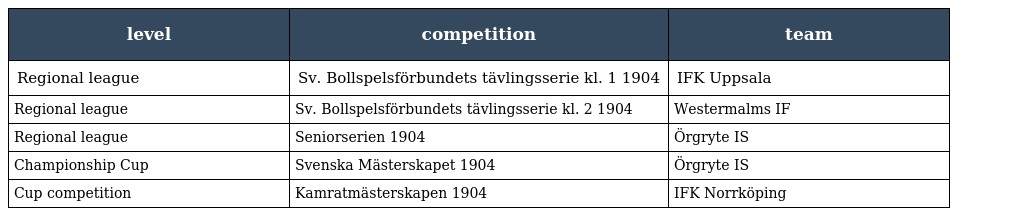
| level | competition | team |
 | --- | --- | --- |
 | Regional league | Sv. Bollspelsförbundets tävlingsserie kl. 1 1904 | IFK Uppsala |
 | Regional league | Sv. Bollspelsförbundets tävlingsserie kl. 2 1904 | Westermalms IF |
 | Regional league | Seniorserien 1904 | Örgryte IS |
 | Championship Cup | Svenska Mästerskapet 1904 | Örgryte IS |
 | Cup competition | Kamratmästerskapen 1904 | IFK Norrköping |